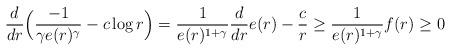
LaTeX: \begin{align*}\frac{d}{dr}\Big(\frac{-1}{\gamma e(r)^\gamma} - c \log r\Big) =\frac{1}{ e(r)^{1+\gamma}}\frac{d}{dr}e(r)- \frac{c}{r} \geq \frac{1}{ e(r)^{1+\gamma}} f(r) \geq 0\end{align*}